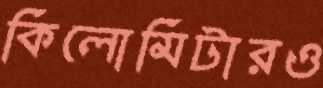
কিলোমিটারও